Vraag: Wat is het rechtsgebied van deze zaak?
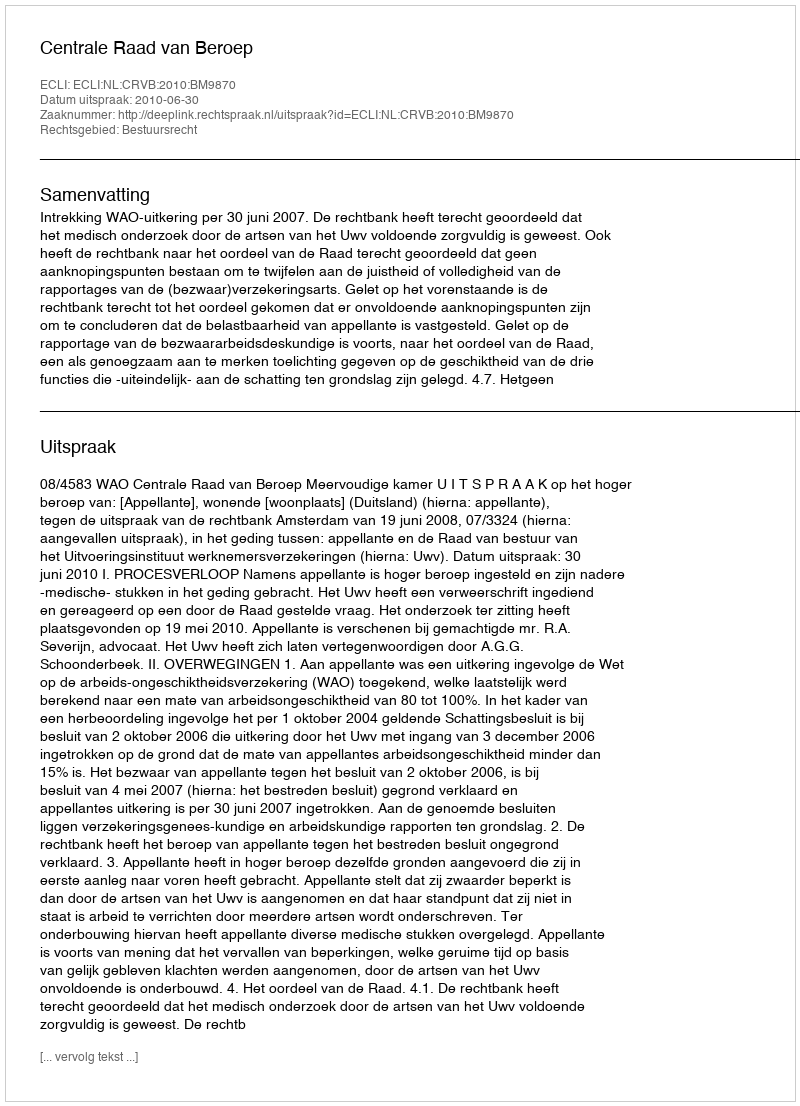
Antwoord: Bestuursrecht